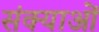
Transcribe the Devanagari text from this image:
संक्याओं